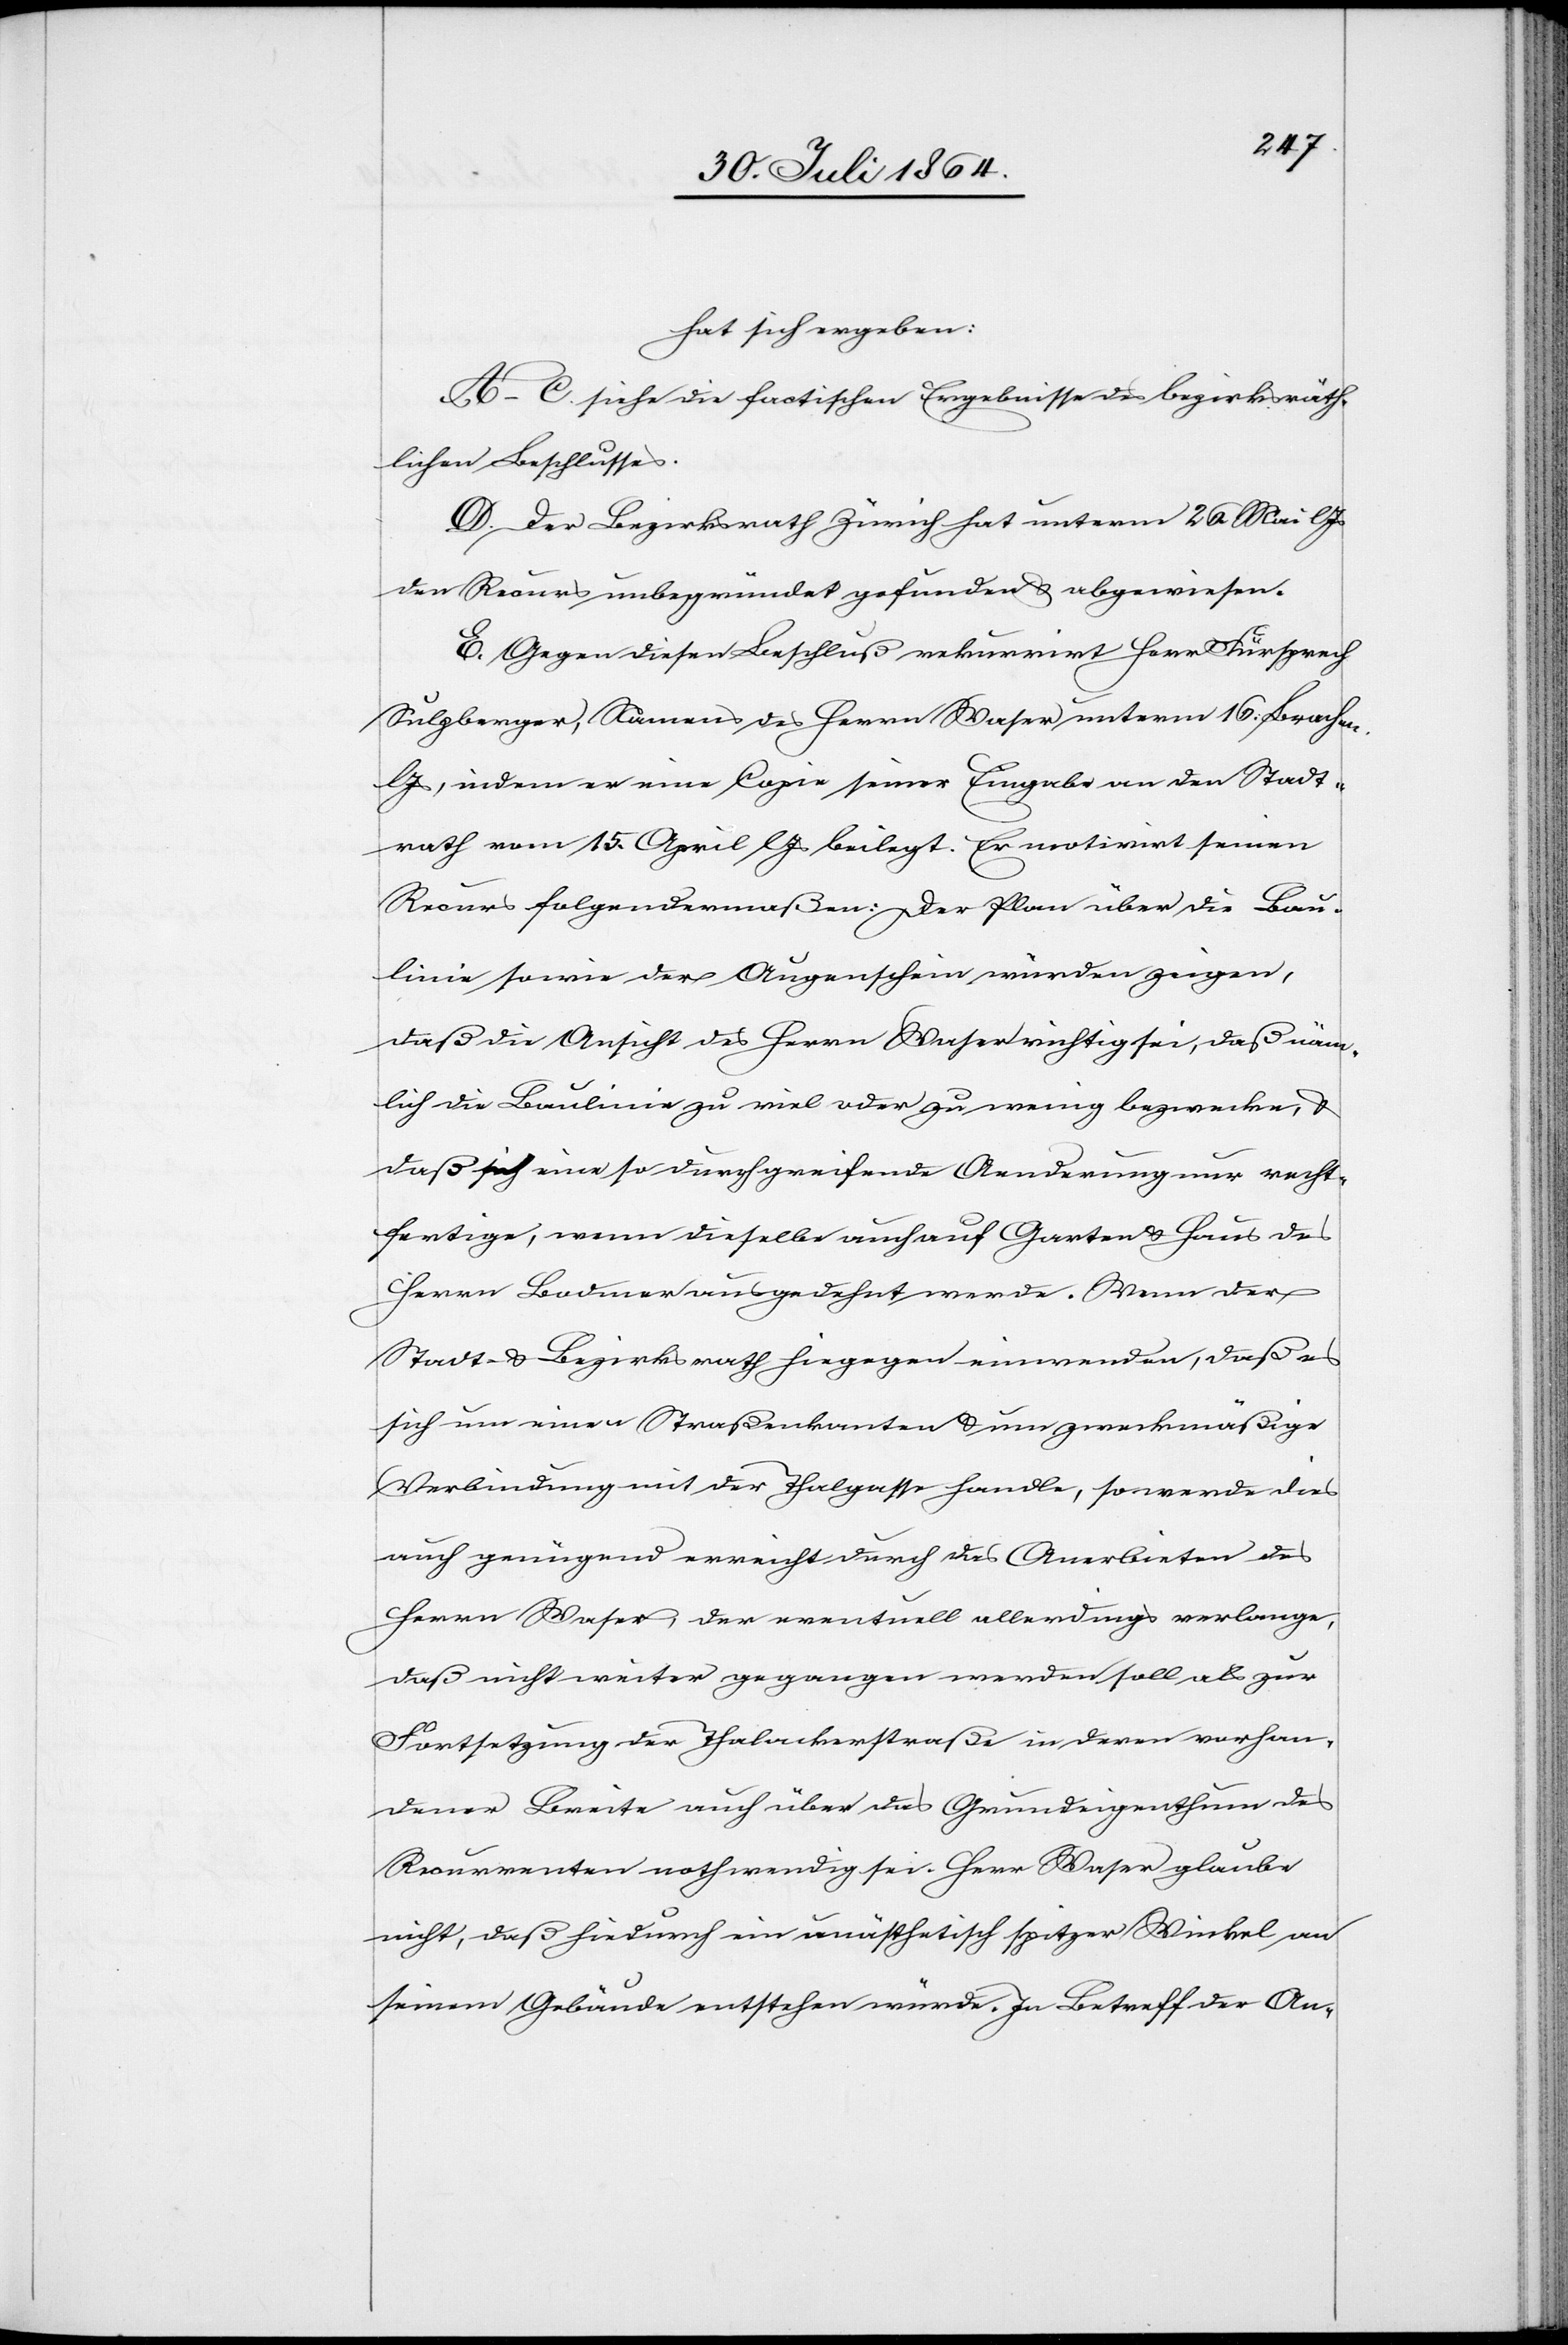
hat sich ergeben:
A.–C. siehe die factischen Ergebnisse des bezirksräth¬
lichen Beschlusses.
D. Der Bezirksrath Zürich hat unterm 26. Mai l.
den Recurs unbegründet gefunden & abgewiesen.
E. Gegen diesen Beschluß rekurrirt Herr Fürsprech
Sulzberger, Namens des Herrn Waser unterm 16. Brachm.
Js., indem er eine Copie seiner Eingabe an den Stadt¬
rath vom 15. April l. Js. beilegt. Er motivirt seinen
Recurs folgendermaßen: Der Plan über die Bau¬
linie sowie der Augenschein würden zeigen,
daß die Ansicht des Herrn Waser richtig sei, daß näm¬
lich die Baulinie zu viel oder zu wenig bezwecke, &
daß sich eine so durchgreifende Aenderung nur recht¬
fertige, wenn dieselbe auch auf Garten & Haus des
Herrn Bodmer ausgedehnt werde. Wenn der
Stadt- & Bezirksrath hiegegen einreden, daß es
sich um einen Straßenkanten [sic!] & um zweckmäßige
Verbindung mit der Thalgasse handle, so werde dies
auch genügend erreicht durch das Anerbieten des
Herrn Waser, der eventuell allerdings verlange,
daß nicht weiter gegangen werden soll als zur
Fortsetzung der Thalackerstraße in deren vorhan¬
dener Breite auch über das Grundeigenthum des
Recurrenten nothwendig sei. Herr Waser glaube
nicht, daß hiedurch ein unästhetisch spitzer Winkel an
seinem Gebäude entstehen würde. In Betreff der An-